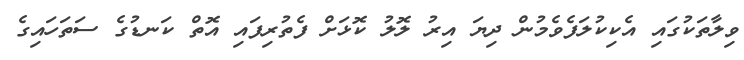
ވިލާތަކުގައި އެކިކުލަފެވެމުން ދިޔަ އިރު ލޮލު ކޮޅަށް ފެތުރިފައި އޮތް ކަނޑުގެ ސަތަހައިގެ